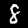
Digit: 8